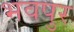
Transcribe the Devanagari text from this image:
भवपुर